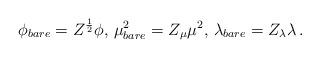
LaTeX: \begin{align*}\phi_{bare}=Z^{1\over2}\phi,\,\mu^{2}_{bare}=Z_{\mu}\mu^{2},\,\lambda_{bare}=Z_{\lambda}\lambda\,.\end{align*}